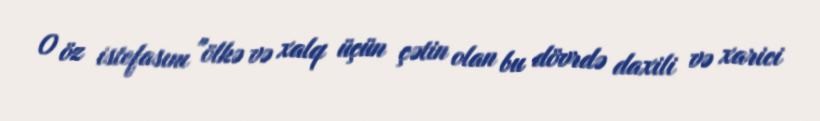
O öz istefasını "ölkə və xalq üçün çətin olan bu dövrdə daxili və xarici